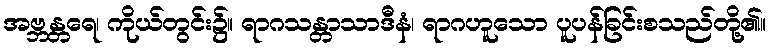
အဗ္ဘန္တရေ၊ ကိုယ်တွင်း၌။ ရာဂသန္တာသာဒီနံ၊ ရာဂဟူသော ပူပန်ခြင်းစသည်တို့၏။